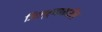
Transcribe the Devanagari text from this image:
जिल्‍ह्यामधील